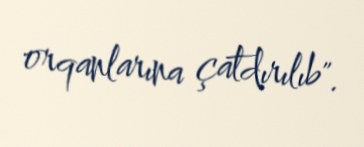
orqanlarına çatdırılıb".